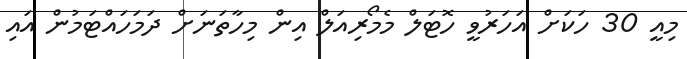
މިއީ 30 ހަކަށް އަހަރުވީ ހޮޓަލް މެމޯރިއަލް އިން މިހާތަނަށް ދަމަހައްޓަމުން އައި